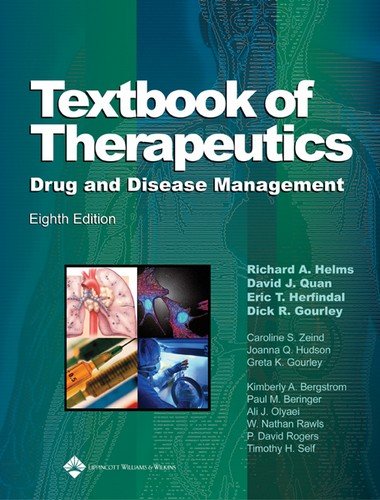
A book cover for Textbook of Therapeutics: Drug and Disease Management (Helms, Textbook of Therapeutics); Medical Books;